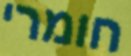
חומרי